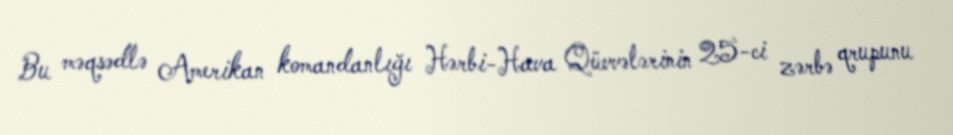
Bu məqsədlə Amerikan komandanlığı Hərbi-Hava Qüvvələrinin 25-ci zərbə qrupunu